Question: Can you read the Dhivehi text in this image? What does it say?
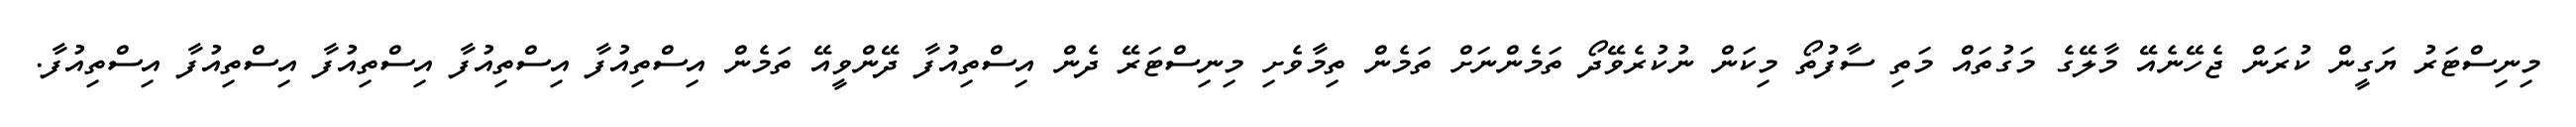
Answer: މިނިސްޓަރު ޔަގީން ކުރަން ޖެހޭނެއޭ މާލޭގެ މަގުތައް މަތި ސާފުތޯ މިކަން ނުކުރެވޭދޯ ތަމެންނަށް ތަމެން ތިމާވެށި މިނިސްޓަރޭ ދެން އިސްތިއުފާ ދޭންވީއޭ ތަމެން އިސްތިއުފާ އިސްތިއުފާ އިސްތިއުފާ އިސްތިއުފާ އިސްތިއުފާ.